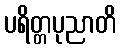
ပရိတ္တပုညာတိ